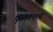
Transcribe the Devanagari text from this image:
पुस्तकाल्य